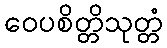
ဝေပစိတ္တိသုတ္တံ